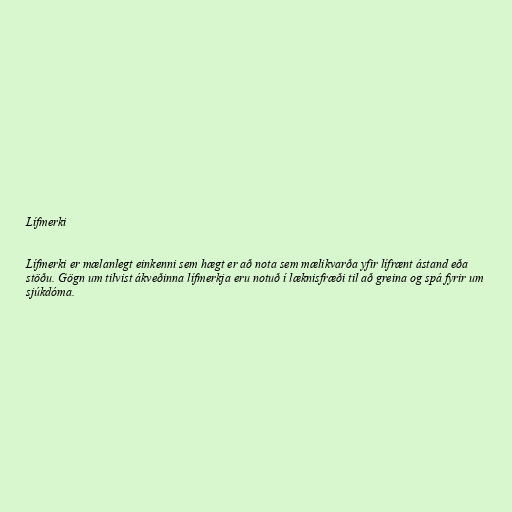
Lífmerki

Lífmerki er mælanlegt einkenni sem hægt er að nota sem mælikvarða yfir lífrænt ástand eða
stöðu. Gögn um tilvist ákveðinna lífmerkja eru notuð í læknisfræði til að greina og spá fyrir um
sjúkdóma.